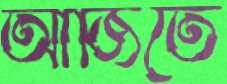
আর্জিতে